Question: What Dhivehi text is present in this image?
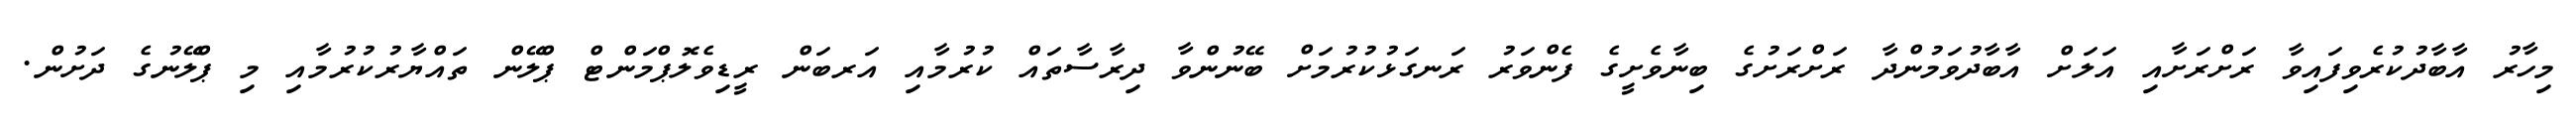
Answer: މިހާރު އާބާދުކުރެވިފައިވާ ރަށްރަށާއި އަލަށް އާބާދުވަމުންދާ ރަށްރަށުގެ ބިނާވެށީގެ ފެންވަރު ރަނގަޅުކުރުމަށް ބޭނުންވާ ދިރާސާތައް ކުރުމާއި އަރބަން ރީޑިވެލޮޕްމަންޓް ޕްލޭން ތައްޔާރުކުރުމާއި މި ޕްލޭނުގެ ދަށުން.